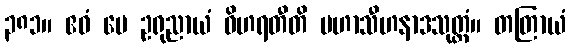
၃၈၁။ ဧဝံ မေ ဥရုညာယံ ဝိဟရတီတိ မဟာသီဟနာဒသုတ္တံ။ တတြာယံ